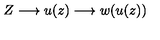
Z \longrightarrow u ( z ) \longrightarrow w ( u ( z ) )